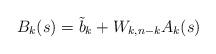
LaTeX: \begin{align*}B_k(s)=\tilde{b}_k+W_{k,n-k}A_k(s)\end{align*}